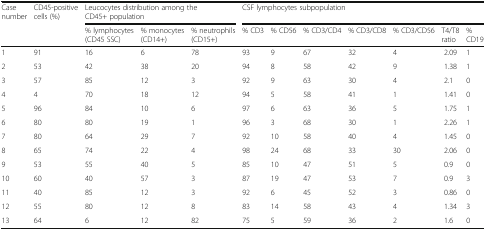
<table><thead><tr><td rowspan="2"><b>Case number</b></td><td rowspan="2"><b>CD45-positive cells (%)</b></td><td colspan="3"><b>Leucocytes distribution among the CD45+ population</b></td><td colspan="7"><b>CSF lymphocytes subpopulation</b></td></tr><tr><td><b>% lymphocytes (CD45 SSC)</b></td><td><b>% monocytes (CD14+)</b></td><td><b>% neutrophils (CD15+)</b></td><td><b>% CD3</b></td><td><b>% CD56</b></td><td><b>% CD3/CD4</b></td><td><b>% CD3/CD8</b></td><td><b>% CD3/CD56</b></td><td><b>T4/T8 ratio</b></td><td><b>% CD19</b></td></tr></thead><tbody><tr><td>1</td><td>91</td><td>16</td><td>6</td><td>78</td><td>93</td><td>9</td><td>67</td><td>32</td><td>4</td><td>2.09</td><td>1</td></tr><tr><td>2</td><td>53</td><td>42</td><td>38</td><td>20</td><td>94</td><td>8</td><td>58</td><td>42</td><td>9</td><td>1.38</td><td>1</td></tr><tr><td>3</td><td>57</td><td>85</td><td>12</td><td>3</td><td>92</td><td>9</td><td>63</td><td>30</td><td>4</td><td>2.1</td><td>0</td></tr><tr><td>4</td><td>4</td><td>70</td><td>18</td><td>12</td><td>94</td><td>5</td><td>58</td><td>41</td><td>1</td><td>1.41</td><td>0</td></tr><tr><td>5</td><td>96</td><td>84</td><td>10</td><td>6</td><td>97</td><td>6</td><td>63</td><td>36</td><td>5</td><td>1.75</td><td>1</td></tr><tr><td>6</td><td>80</td><td>80</td><td>19</td><td>1</td><td>96</td><td>3</td><td>68</td><td>30</td><td>1</td><td>2.26</td><td>1</td></tr><tr><td>7</td><td>80</td><td>64</td><td>29</td><td>7</td><td>92</td><td>10</td><td>58</td><td>40</td><td>4</td><td>1.45</td><td>0</td></tr><tr><td>8</td><td>65</td><td>74</td><td>22</td><td>4</td><td>98</td><td>24</td><td>68</td><td>33</td><td>30</td><td>2.06</td><td>0</td></tr><tr><td>9</td><td>53</td><td>55</td><td>40</td><td>5</td><td>85</td><td>10</td><td>47</td><td>51</td><td>5</td><td>0.9</td><td>0</td></tr><tr><td>10</td><td>60</td><td>40</td><td>57</td><td>3</td><td>87</td><td>19</td><td>47</td><td>53</td><td>7</td><td>0.9</td><td>3</td></tr><tr><td>11</td><td>40</td><td>85</td><td>12</td><td>3</td><td>92</td><td>6</td><td>45</td><td>52</td><td>3</td><td>0.86</td><td>0</td></tr><tr><td>12</td><td>55</td><td>80</td><td>12</td><td>8</td><td>83</td><td>14</td><td>58</td><td>43</td><td>4</td><td>1.34</td><td>3</td></tr><tr><td>13</td><td>64</td><td>6</td><td>12</td><td>82</td><td>75</td><td>5</td><td>59</td><td>36</td><td>2</td><td>1.6</td><td>0</td></tr></tbody></table>